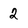
Character: 2